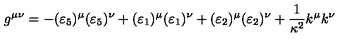
g ^ { \mu \nu } = - ( \varepsilon _ { 5 } ) ^ { \mu } ( \varepsilon _ { 5 } ) ^ { \nu } + ( \varepsilon _ { 1 } ) ^ { \mu } ( \varepsilon _ { 1 } ) ^ { \nu } + ( \varepsilon _ { 2 } ) ^ { \mu } ( \varepsilon _ { 2 } ) ^ { \nu } + \frac { 1 } { \kappa ^ { 2 } } k ^ { \mu } k ^ { \nu }